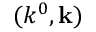
( k ^ { 0 } , \mathbf { k } )